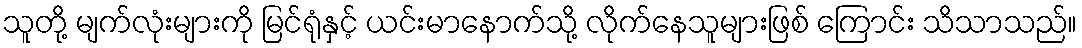
သူတို့ မျက်လုံးများကို မြင်ရုံနှင့် ယင်းမာနောက်သို့ လိုက်နေသူများဖြစ် ကြောင်း သိသာသည်။